Civil Veterinary Dept. Bombay admin report 1900-1906 - 1900-1906
Year: 1900
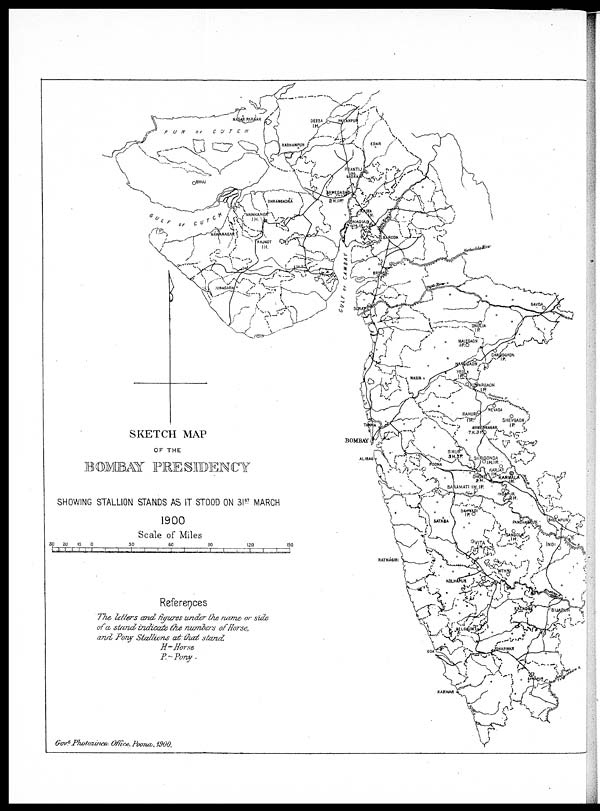
SKETCH MAP
OF THE
BOMBAY PRESIDENCY
SHOWING STALLION STANDS AS IT STOOD ON 3I ST MARCH
1900
Scale of Miles
References
The, letters and figures under the ruame or side
of a stand indicate the numbers of Horse.
and Pony Stallions at that stand
H-Horse
P.-Pony.
Govt Photozinon: Office, Poojur, 1900.